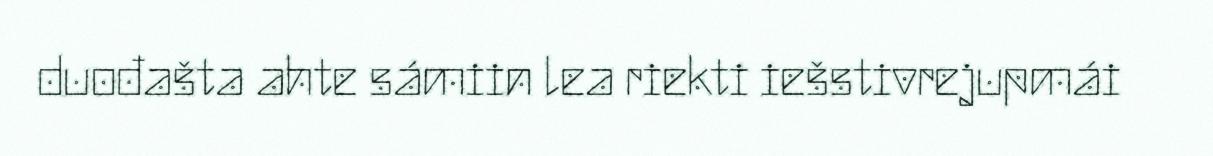
duođašta ahte sámiin lea riekti iešstivrejupmái